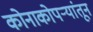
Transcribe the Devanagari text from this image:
कोनाकोपर्‍यांतून